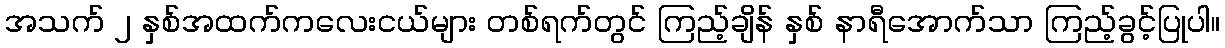
အသက် ၂ နှစ်အထက်ကလေးငယ်များ တစ်ရက်တွင် ကြည့်ချိန် နှစ် နာရီအောက်သာ ကြည့်ခွင့်ပြုပါ။